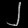
Digit: ၂